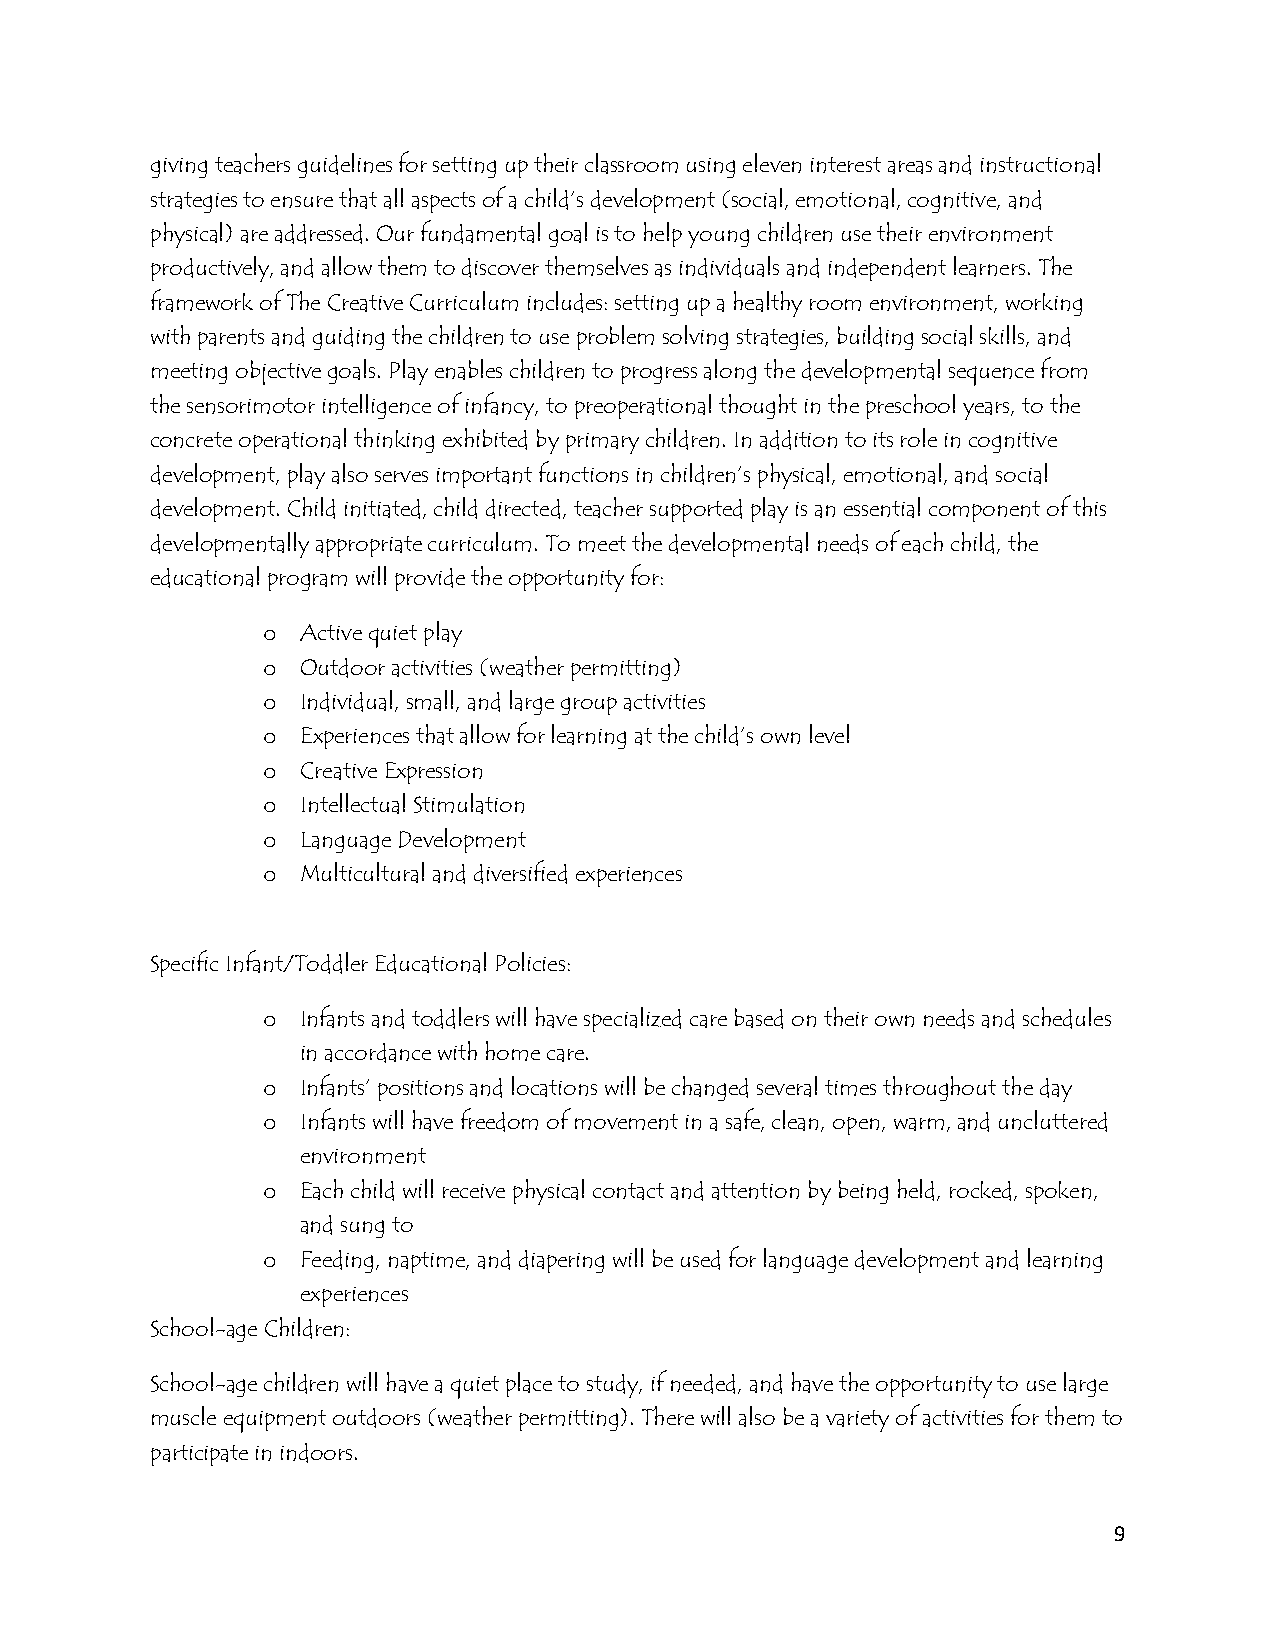
giving teachers guidelines for setting up their classroom using eleven interest areas and instructional
 strategies to ensure that all aspects of a child’s development (social, emotional, cognitive, and
 physical) are addressed. Our fundamental goal is to help young children use their environment
 productively, and allow them to discover themselves as individuals and independent learners. The
 framework of The Creative Curriculum includes: setting up a healthy room environment, working
 with parents and guiding the children to use problem solving strategies, building social skills, and
 meeting objective goals. Play enables children to progress along the developmental sequence from
 the sensorimotor intelligence of infancy, to preoperational thought in the preschool years, to the
 concrete operational thinking exhibited by primary children. In addition to its role in cognitive
 development, play also serves important functions in children’s physical, emotional, and social
 development. Child initiated, child directed, teacher supported play is an essential component of this
 developmentally appropriate curriculum. To meet the developmental needs of each child, the
 educational program will provide the opportunity for:
 Active quiet play
 o
 Outdoor activities (weather permitting)
 o
 Individual, small, and large group activities
 o
 Experiences that allow for learning at the child’s own level
 o
 Creative Expression
 o
 Intellectual Stimulation
 o
 Language Development
 o
 Multicultural and diversified experiences
 o
 Specific Infant/Toddler Educational Policies:
 Infants and toddlers will have specialized care based on their own needs and schedules
 o
 in accordance with home care.
 Infants’ positions and locations will be changed several times throughout the day
 o
 Infants will have freedom of movement in a safe, clean, open, warm, and uncluttered
 o
 environment
 Each child will receive physical contact and attention by being held, rocked, spoken,
 o
 and sung to
 Feeding, naptime, and diapering will be used for language development and learning
 o
 experiences
 School-age Children:
 School-age children will have a quiet place to study, if needed, and have the opportunity to use large
 muscle equipment outdoors (weather permitting). There will also be a variety of activities for them to
 participate in indoors.
 9